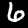
Digit: 6